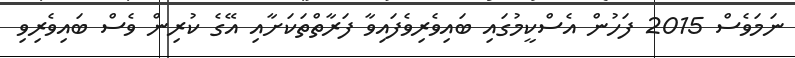
ނަމަވެސް 2015 ފަހުން އެސްކީމުގައި ބައިވެރިވެފައިވާ ފަރާތްތަކަށާއި އޭގެ ކުރިން ވެސް ބައިވެރިވި